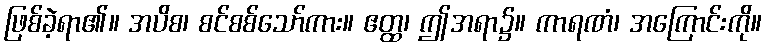
ဖြစ်ခဲ့ရာ၏။ အပိစ၊ စင်စစ်သော်ကား။ ဧတ္ထ၊ ဤအရာ၌။ ကာရဏံ၊ အကြောင်းကို။